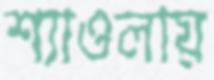
শ্যাওলায়